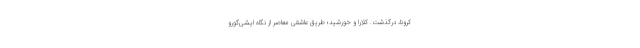
کرونا، درگذشت. کلارا و خورشید؛ طریق عاشقی معاصر از نگاه ایشی‌گورو